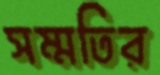
সম্মতির